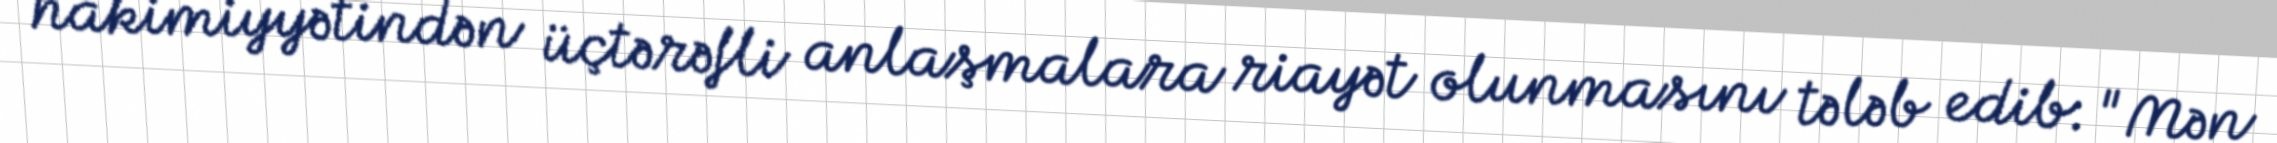
hakimiyyətindən üçtərəfli anlaşmalara riayət olunmasını tələb edib: "Mən